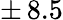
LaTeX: \pm\, 8.5